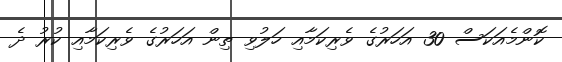
ކޮންމެއަކަސް 30 އަހަރުގެ ވެރިކަމާއި ހަލުވި ތިން އަހަރުގެ ވެރިކަމާއި ކުރު ދެ